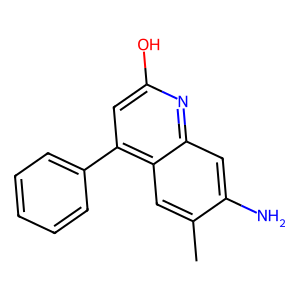
SMILES: Cc1cc2c(-c3ccccc3)cc(O)nc2cc1N
Inhibits HIV replication: No